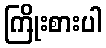
ကြိုးစားပါ